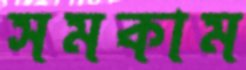
সমকাম